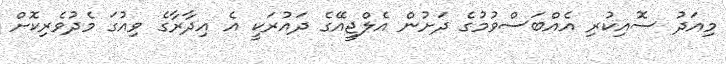
މިއަދު ސޮއިކުރި އެއްބަސްވުމުގެ ދަށުން އެލްޖީއޭގެ ދައުރަކީ އެ އިދާރާގެ ވިއުގަ މެދުވެރިކޮށް